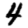
Digit: 4